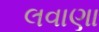
લવાણા